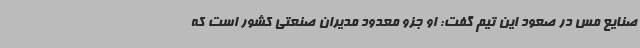
صنایع مس در صعود این تیم گفت: او جزو معدود مدیران صنعتی کشور است که